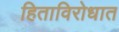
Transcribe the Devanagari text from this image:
हिताविरोधात